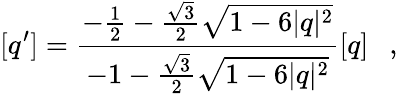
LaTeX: [q^{\prime}]=\frac{-\frac{1}{2}-\frac{\sqrt{3}}{2}\sqrt{1-6|q|^{2}}}{-1-\frac{\sqrt{3}}{2}\sqrt{1-6|q|^{2}}}[q]~~~,